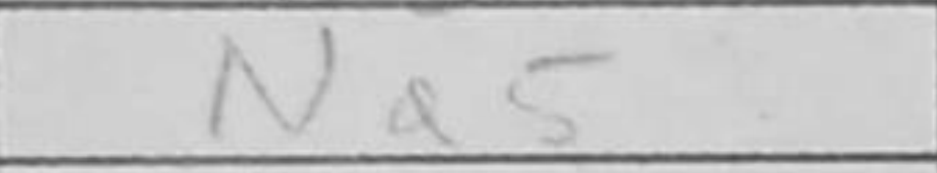
Transcription: Na5